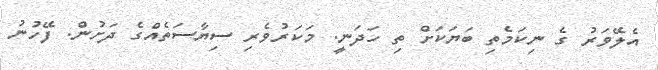
އެލޭވަރު ގެ ނިކަމެތި ބަޔަކަށް ތި ހަދަނީ. މަކަރުވެރި ސިޔާސަތެއްގެ ދަށުން. ފޭހުނު